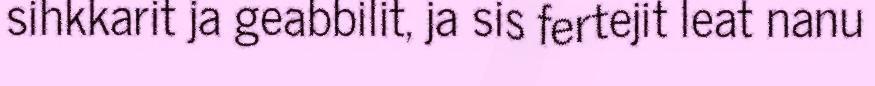
sihkkarit ja geabbilit, ja sis fertejit leat nanu